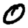
Digit: 0